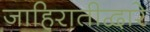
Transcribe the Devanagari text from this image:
जाहिरातीद्वारे